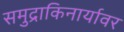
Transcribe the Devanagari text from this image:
समुद्राकिनार्यावर